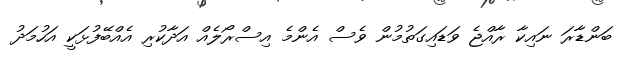
ބަންޑާރަ ނައިކާ ރާއްޖެ ވަޑައިގަތުމުން ވެސް އެންމެ އިސްރޯލެއް އަދާކުރި އެއްބޭފުޅަކީ އަހުމަދު